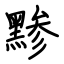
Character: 黪